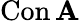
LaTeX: \operatorname{Con}\mathbf{A}